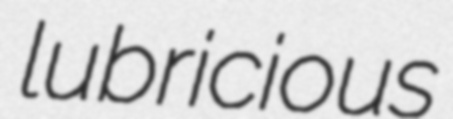
lubricious